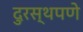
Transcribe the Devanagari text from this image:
दुरस्थपणे